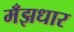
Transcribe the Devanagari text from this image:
मँझधार